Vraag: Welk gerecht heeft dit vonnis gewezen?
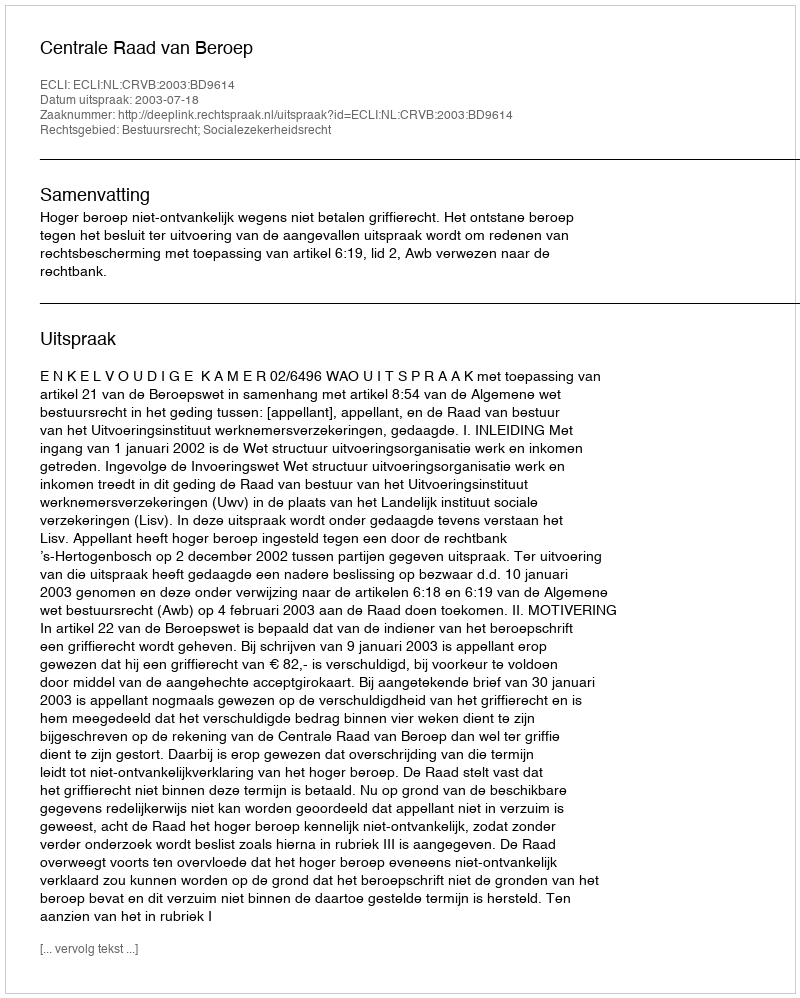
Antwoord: Centrale Raad van Beroep